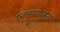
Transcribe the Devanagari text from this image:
एनएसराघवन